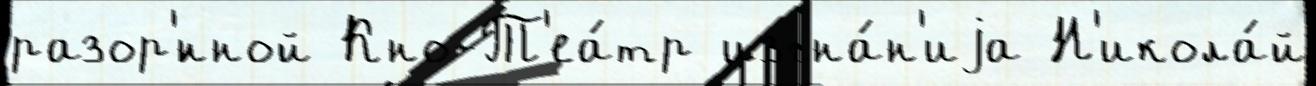
разор'́нной Кно-Т'еа́тр изгна́н'иjа Н'икола́й